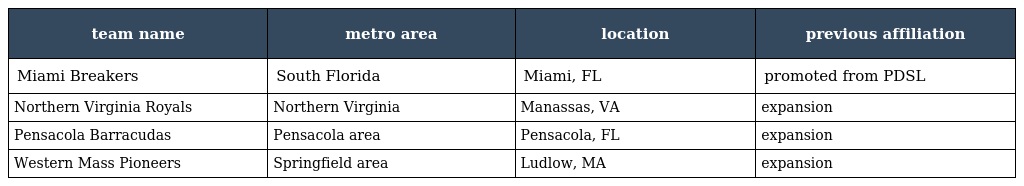
| team name | metro area | location | previous affiliation |
 | --- | --- | --- | --- |
 | Miami Breakers | South Florida | Miami, FL | promoted from PDSL |
 | Northern Virginia Royals | Northern Virginia | Manassas, VA | expansion |
 | Pensacola Barracudas | Pensacola area | Pensacola, FL | expansion |
 | Western Mass Pioneers | Springfield area | Ludlow, MA | expansion |